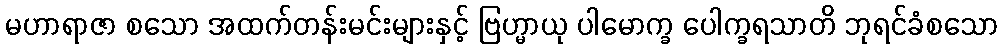
မဟာရာဇာ စသော အထက်တန်းမင်းများနှင့် ဗြဟ္မာယု ပါမောက္ခ ပေါက္ခရသာတိ ဘုရင်ခံစသော